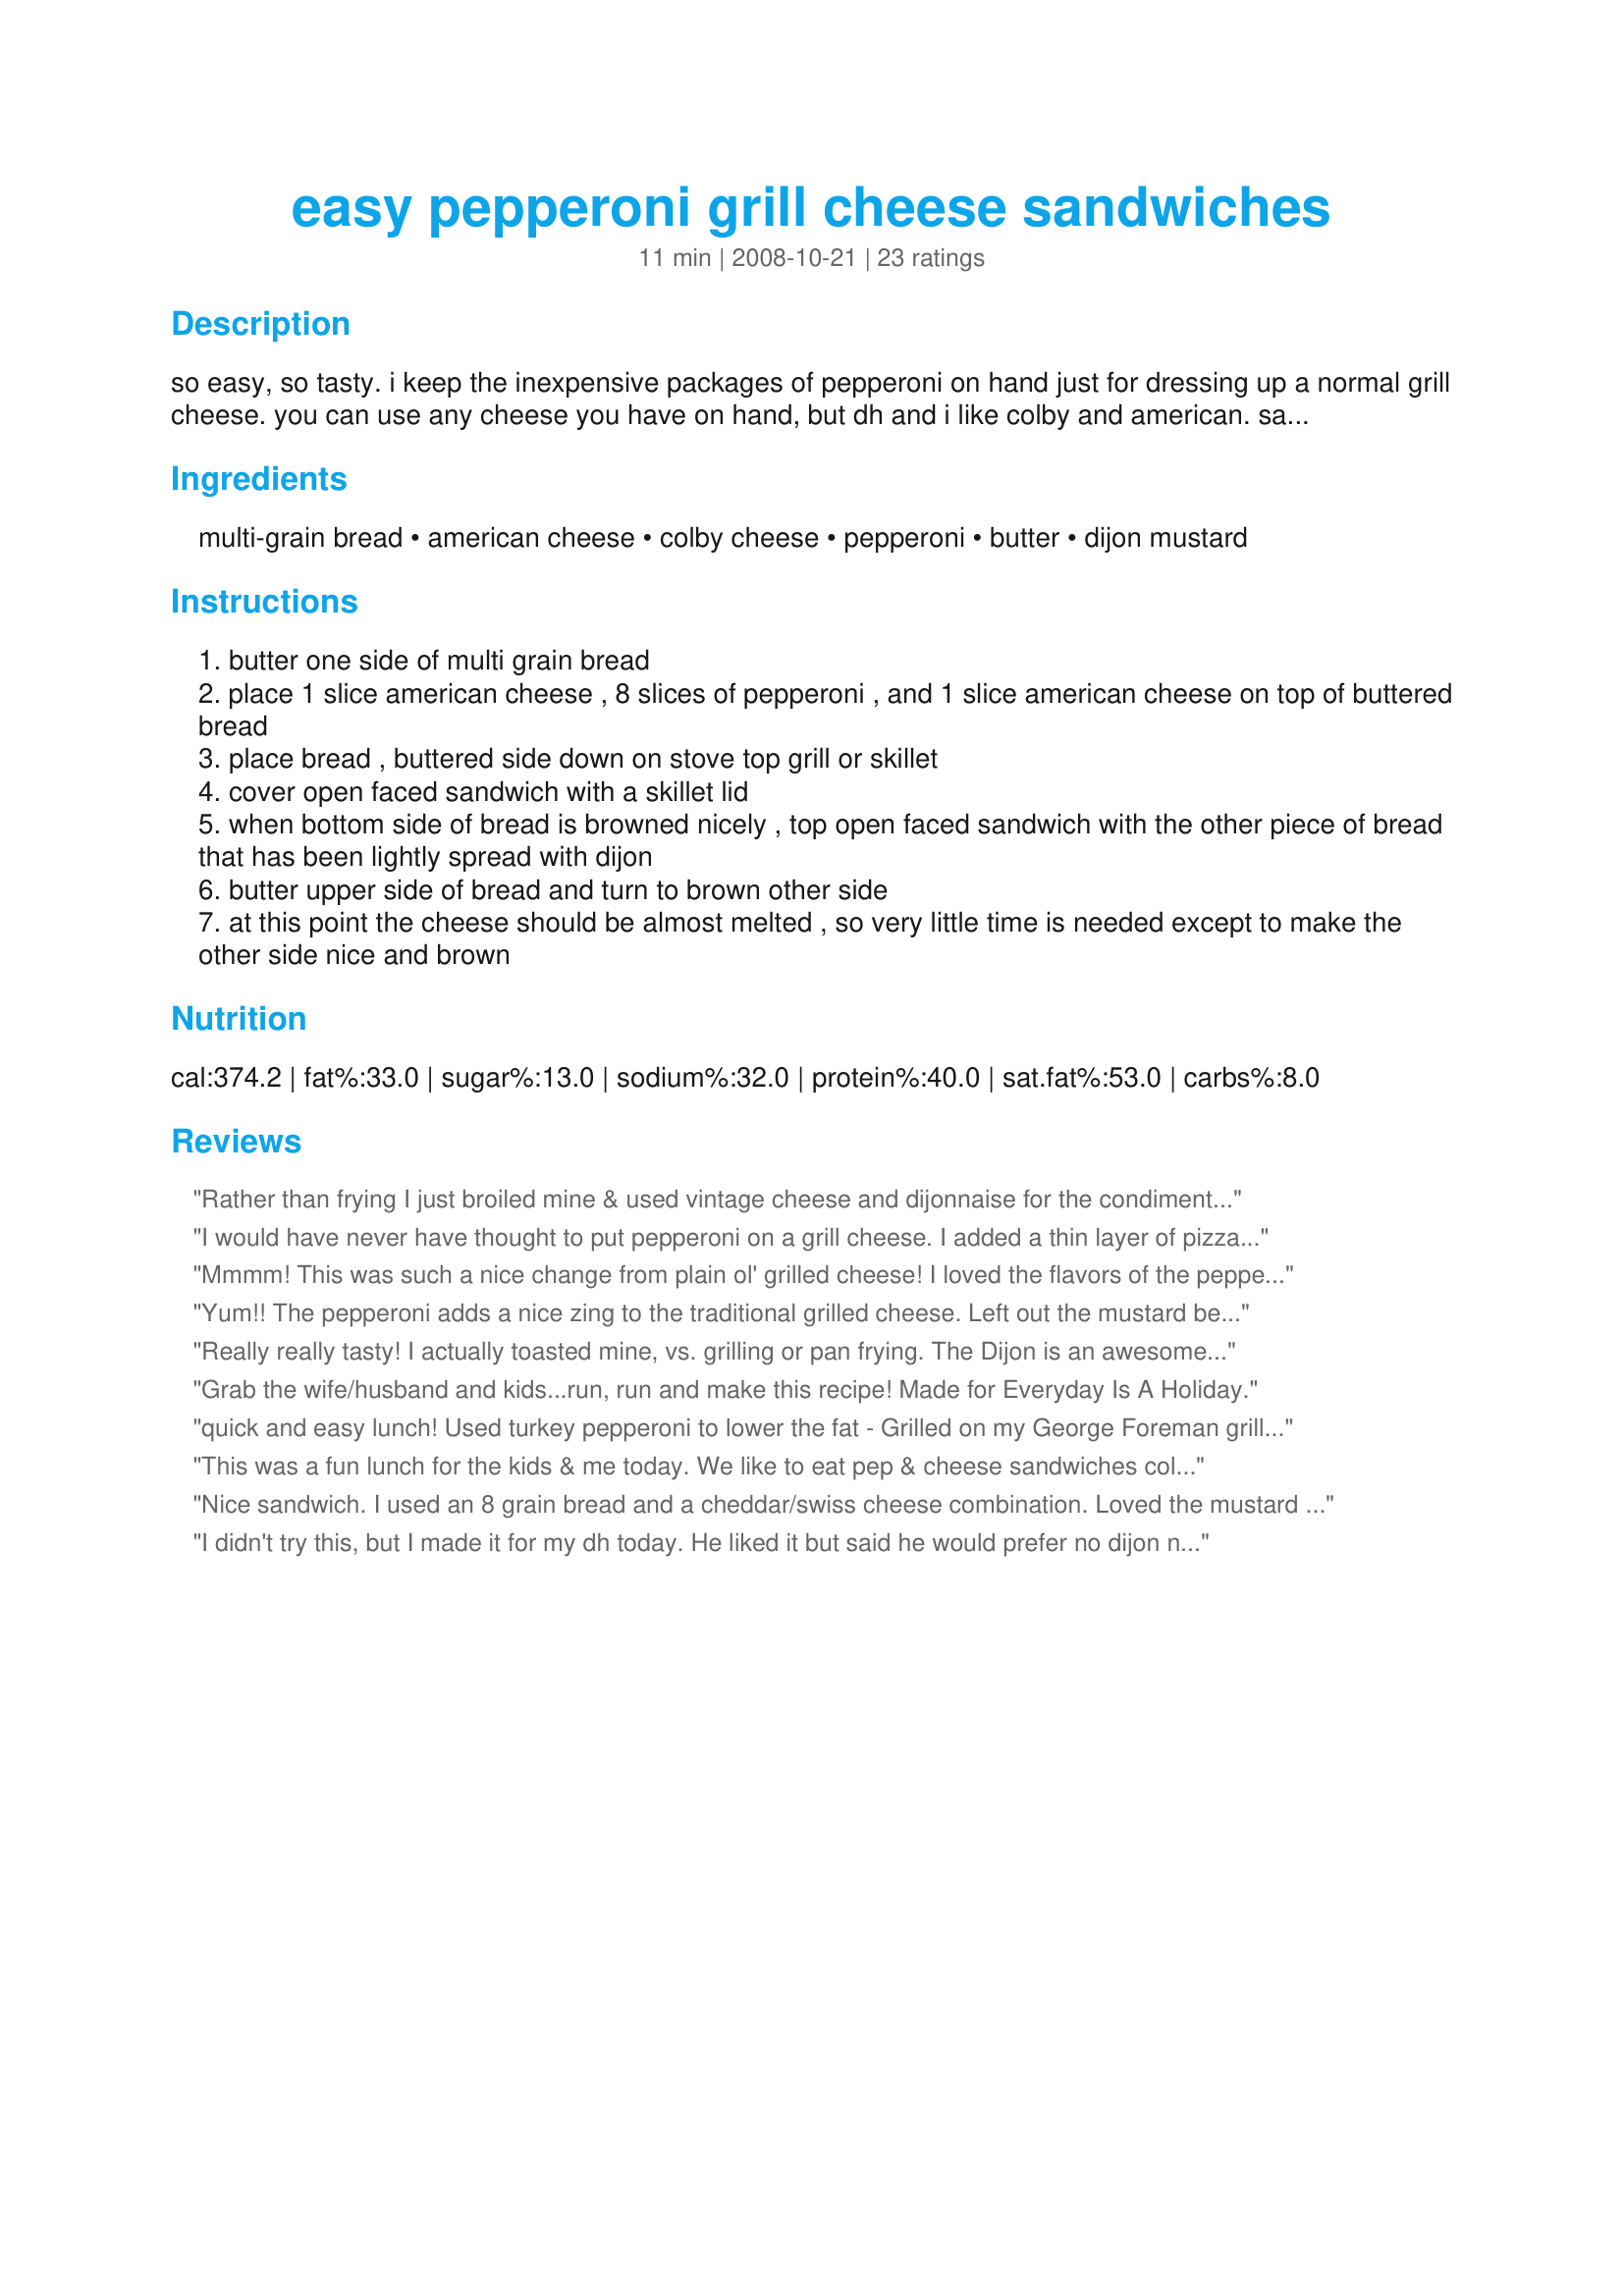
easy pepperoni grill cheese sandwiches
Preparation time: 11 minutes

so easy, so tasty. i keep the inexpensive packages of pepperoni on hand just for dressing up a normal grill cheese. you can use any cheese you have on hand, but dh and i like colby and american. sauerkraught can also be added if desired as well as other bread types.

Ingredients:
multi-grain bread, american cheese, colby cheese, pepperoni, butter, dijon mustard

Steps:
butter one side of multi grain bread
place 1 slice american cheese , 8 slices of pepperoni , and 1 slice american cheese on top of buttered bread
place bread , buttered side down on stove top grill or skillet
cover open faced sandwich with a skillet lid
when bottom side of bread is browned nicely , top open faced sandwich with the other piece of bread that has been lightly spread with dijon
butter upper side of bread and turn to brown other side
at this point the cheese should be almost melted , so very little time is needed except to make the other side nice and brown

Reviews:
Rather than frying I just broiled mine & used vintage cheese and dijonnaise for the condiment and also added some baby spinach leaves, so tasty, a fab sandwich!
I would have never have thought to put pepperoni on a grill cheese. I added a thin layer of pizza sauce instead of the dijon. Excellent! Made for Zaar Stars.
Mmmm! This was such a nice change from plain ol' grilled cheese! I loved the flavors of the pepperoni and Dijon mustard. I used a griddle, which didn't have a lid, so grilled them the way I usually do--over low heat so they brown slowly. I used turkey pepperoni, mozzarella & cheddar cheese, and whole wheat bread. Thanks so much for sharing this recipe, BakinBaby! Made for Every Day is a Holiday Tag Game.
Yum!! The pepperoni adds a nice zing to the traditional grilled cheese. Left out the mustard because I didn't have any, but will make this again.
Really really tasty! I actually toasted mine, vs. grilling or pan frying. The Dijon is an awesome touch!
Grab the wife/husband and kids...run, run and make this recipe! Made for Everyday Is A Holiday.
quick and easy lunch! Used turkey pepperoni to lower the fat - Grilled on my George Foreman grill. Thanks BabinBaby! :)
This was a fun lunch for the kids & me today. We like to eat pep & cheese sandwiches cold and this was a tasty change; thanks for sharing this idea.
Nice sandwich. I used an 8 grain bread and a cheddar/swiss cheese combination. Loved the mustard addition. Made for Every Day Holiday Tag. :)
I didn't try this, but I made it for my dh today. He liked it but said he would prefer no dijon next time. Thanks, I might add some pizza sauce next time.
simple, taste great
What a great way to spice up a boring lunch! My son really enjoyed these....he ate two. My bread was so big, I could only eat half. I thought the dijon mustard was really great with the pepperoni. I'll try the baked grilled cheese method next time.
This is a great, quick and easy too! Made for Everyday is a Holiday Tag!
Love this grilled cheese! The addition of the pepperoni is a nice touch. I did omit the mustard because I'm not crazy about it. Thanks for sharing!
Delicious! I used whole wheat bread with American and cheddar as they were what I had on hand. Definitely used the Dijon too! Thanks for sharing!
Really good!!! Made for lunch using white bread (don't like toasted wheat) and cheddar cheese in place of the American. Wasn't sure if the pepperoni and dijon mustard would mix, but they tasted great together. Even DS (4yr) ate it, minus the mustard so that is a bonus!! Made for Everyday is a Holiday Feb 2010.
Loved it! I also made a couple of subs; I used provolone in place of American and white bread, as it is what I had on hand...yum! I think next time I'll pre-cook the pepperoni in the microwave for a few seconds, to crisp it up a bit. Thanks so much for sharing, BakinBaby!
Very tasty. I really liked it, but hubby wasn't thrilled with the dijon mustard. Next time I'll make it without. Thanks for posting! Made for the I Recommend Tag Game.
There really is something so comforting about gooey,melted cheese!!A deliciously easy sandwich,that hits the spot!
Thanks BakinBaby.
Made for ZaarTag.
Yummers. What a great idea to jazz up grilled cheese a little. My husband loved it too. I served it with some tomato basil soup and it was the perfect dipper. I used a different method to cook it though...I used Chef V's method Recipe #192896 ...the only way I do grilled cheese anymore. This is definitely a keeper! Thanks for posting this!
Had this for lunch today and thought this was very good. I used white bread and 2 slices of American cheese. I fried the pepperoni for just a few seconds to crispy it up and get rid of some of the grease. I did not care for the mustard though and will omit that next time maybe will try some ketchup on it. Made for Every Days A Holiday.
We tried these with and without the mustard, and liked them better without. We liked them, but we thought they would be good with tomato paste or more cheese to make them moister.
I really enjoyed this sandwich for lunch, I didn't use the butter as Iwas cooking it in the sadwich press and sorry but forgot the dijon but really enjoyed the hot spicy pepperoni with the sharpness of vintage cheddar and little parmesan. Thank you BakinBaby, made for Everday A Holiday.
Kids and I loved this for lunch yesterday. I made it with homade bread. Very very yummy. Kids dipped it in marinara sauce, hubby dipped in ranch, I ate as is. THanks Bakinbaby. Made for I recommend tag.
